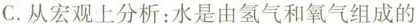
C.从宏观上分析：水是由氢气和氧气组成的